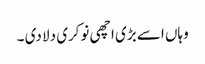
وہاں اسے بڑی اچھی نوکری دلا دی ۔